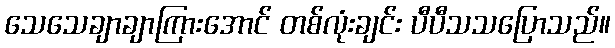
သေသေချာချာကြားအောင် တစ်လုံးချင်း ပီပီသသပြောသည်။